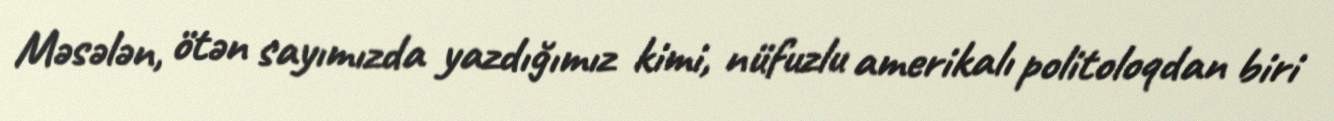
Məsələn, ötən sayımızda yazdığımız kimi, nüfuzlu amerikalı politoloqdan biri